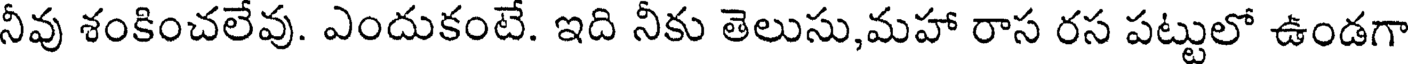
నీవు శంకించలేవు. ఎందుకంటే. ఇది నీకు తెలుసు,మహా రాస రస పట్టులో ఉండగా